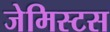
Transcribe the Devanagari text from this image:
जेमिस्टस